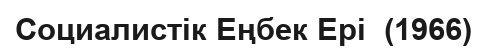
Социалистік Еңбек Ері  (1966)